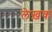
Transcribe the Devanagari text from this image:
लेख़क